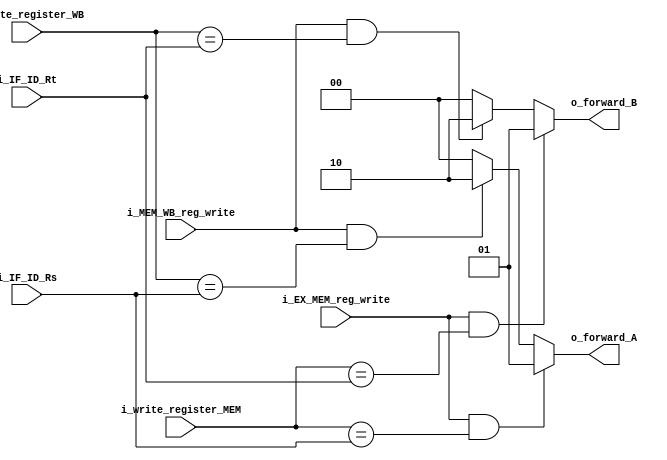
module ID_Forward(
    i_IF_ID_Rs,
    i_IF_ID_Rt,
    i_write_register_MEM,
    i_write_register_WB,
    i_EX_MEM_reg_write,
    i_MEM_WB_reg_write,
    o_forward_A,
    o_forward_B
);

input [4:0] i_IF_ID_Rs;
input [4:0] i_IF_ID_Rt;
input [4:0] i_write_register_MEM;
input [4:0] i_write_register_WB;
input i_EX_MEM_reg_write,i_MEM_WB_reg_write;

output [1:0] o_forward_A;
output [1:0] o_forward_B;

assign o_forward_A = (i_EX_MEM_reg_write && (i_write_register_MEM == i_IF_ID_Rs))?2'b01:
                     (i_MEM_WB_reg_write && (i_write_register_WB == i_IF_ID_Rs))?2'b10:
                     2'b00;

assign o_forward_B = (i_EX_MEM_reg_write && (i_write_register_MEM == i_IF_ID_Rt))?2'b01:
                     (i_MEM_WB_reg_write && (i_write_register_WB == i_IF_ID_Rt))?2'b10:
                     2'b00;

endmodule